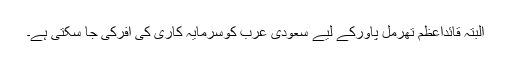
البتہ قائداعظم تھرمل پاورکے لیے سعودی عرب کوسرمایہ کاری کی آفرکی جا سکتی ہے۔